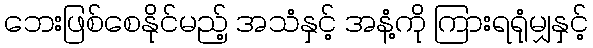
ဘေးဖြစ်စေနိုင်မည့် အသံနှင့် အနံ့ကို ကြားရရုံမျှနှင့်